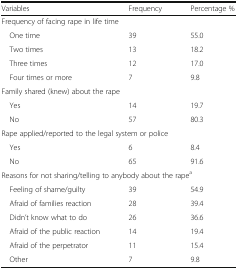
<table><thead><tr><td><b>Variables</b></td><td><b>Frequency</b></td><td><b>Percentage %</b></td></tr></thead><tbody><tr><td colspan="3">Frequency of facing rape in life time</td></tr><tr><td> One time</td><td>39</td><td>55.0</td></tr><tr><td> Two times</td><td>13</td><td>18.2</td></tr><tr><td> Three times</td><td>12</td><td>17.0</td></tr><tr><td> Four times or more</td><td>7</td><td>9.8</td></tr><tr><td colspan="3">Family shared (knew) about the rape</td></tr><tr><td> Yes</td><td>14</td><td>19.7</td></tr><tr><td> No</td><td>57</td><td>80.3</td></tr><tr><td colspan="3">Rape applied/reported to the legal system or police</td></tr><tr><td> Yes</td><td>6</td><td>8.4</td></tr><tr><td> No</td><td>65</td><td>91.6</td></tr><tr><td colspan="3">Reasons for not sharing/telling to anybody about the rape<sup>a</sup></td></tr><tr><td> Feeling of shame/guilty</td><td>39</td><td>54.9</td></tr><tr><td> Afraid of families reaction</td><td>28</td><td>39.4</td></tr><tr><td> Didn’t know what to do</td><td>26</td><td>36.6</td></tr><tr><td> Afraid of the public reaction</td><td>14</td><td>19.4</td></tr><tr><td> Afraid of the perpetrator</td><td>11</td><td>15.4</td></tr><tr><td> Other</td><td>7</td><td>9.8</td></tr></tbody></table>